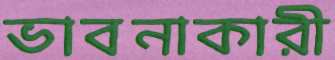
ভাবনাকারী